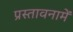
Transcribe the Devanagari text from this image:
प्रस्‍तावनामें